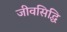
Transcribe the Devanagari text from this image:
जीवसिद्धि